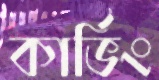
কার্ভিং